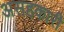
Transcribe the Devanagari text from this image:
असहकारी